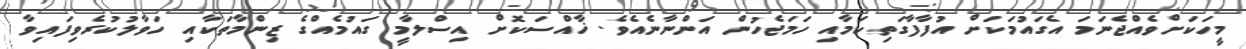
މީހަކަށްވެއްޖެނަމަ އެގައުމަކަށް އުފާފާގަތިކަމާއި ހަމަޖެހުން އަންނާނެއެވެ. ޚާއްސަކޮށް އިސްލާމީ ގައުމެއްގެ ޒިންމާތަކާއި ހަވާލުކުރެވިފައިވާ